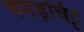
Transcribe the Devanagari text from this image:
चमड़चिट्ट